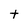
Character: t